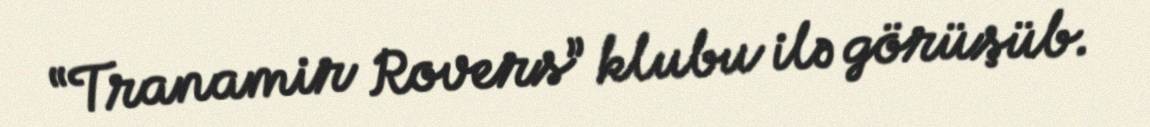
“Tranamir Rovers” klubu ilə görüşüb.